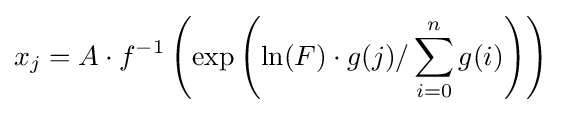
x_{j}=A\cdot f^{-1}\left(\exp \left(\ln(F)\cdot g(j)/\sum _{i=0}^{n}g(i)\right)\right)